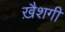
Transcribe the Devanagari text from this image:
ख़ैशगी